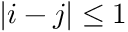
| i - j | \leq 1